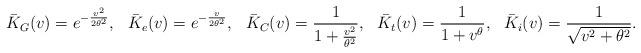
LaTeX: \begin{align*} \bar{K}_G(v) &= e^{-\frac{v^2}{2\theta^2}}, & \bar{K}_e(v) &= e^{-\frac{v}{2\theta^2}}, & \bar{K}_C(v) &= \frac{1}{1+\frac{v^2}{\theta^2}}, & \bar{K}_t(v) &= \frac{1}{1+v^{\theta}}, & \bar{K}_i(v) &= \frac{1}{\sqrt{v^2+\theta^2}}. \end{align*}